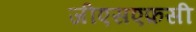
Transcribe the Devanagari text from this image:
जीएसएफ़सी